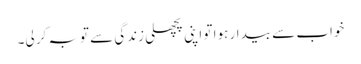
خواب سے بیدار ہوا تو اپنی پچھلی زندگی سے توبہ کر لی۔